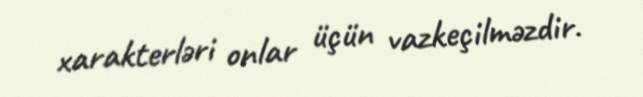
xarakterləri onlar üçün vazkeçilməzdir.